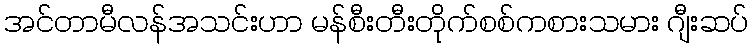
အင်တာမီလန်အသင်းဟာ မန်စီးတီးတိုက်စစ်ကစားသမား ဂျီးဆပ်